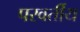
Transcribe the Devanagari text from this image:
परवर्तीय